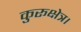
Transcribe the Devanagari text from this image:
कुरूक्षेत्र।